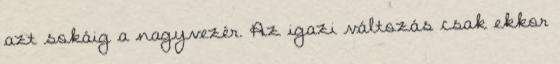
azt sokáig a nagyvezér. Az igazi változás csak ekkor